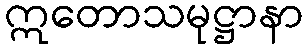
ဣတောသမုဋ္ဌာနာ